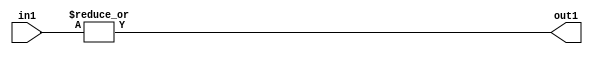
`timescale 1ps / 1ps
/*****************************************************************************
    Verilog RTL Description
    
    
    Created by: Stratus DpOpt 2019.1.01 
*******************************************************************************/

module DC_Filter_OrReduction_4U_1U_4 (
	in1,
	out1
	); /* architecture "behavioural" */ 
input [3:0] in1;
output  out1;
wire  asc001;

assign asc001 = 
	(|in1);

assign out1 = asc001;
endmodule

/* CADENCE  urX0SA4= : u9/ySgnWtBlWxVPRXgAZ4Og= ** DO NOT EDIT THIS LINE ******/